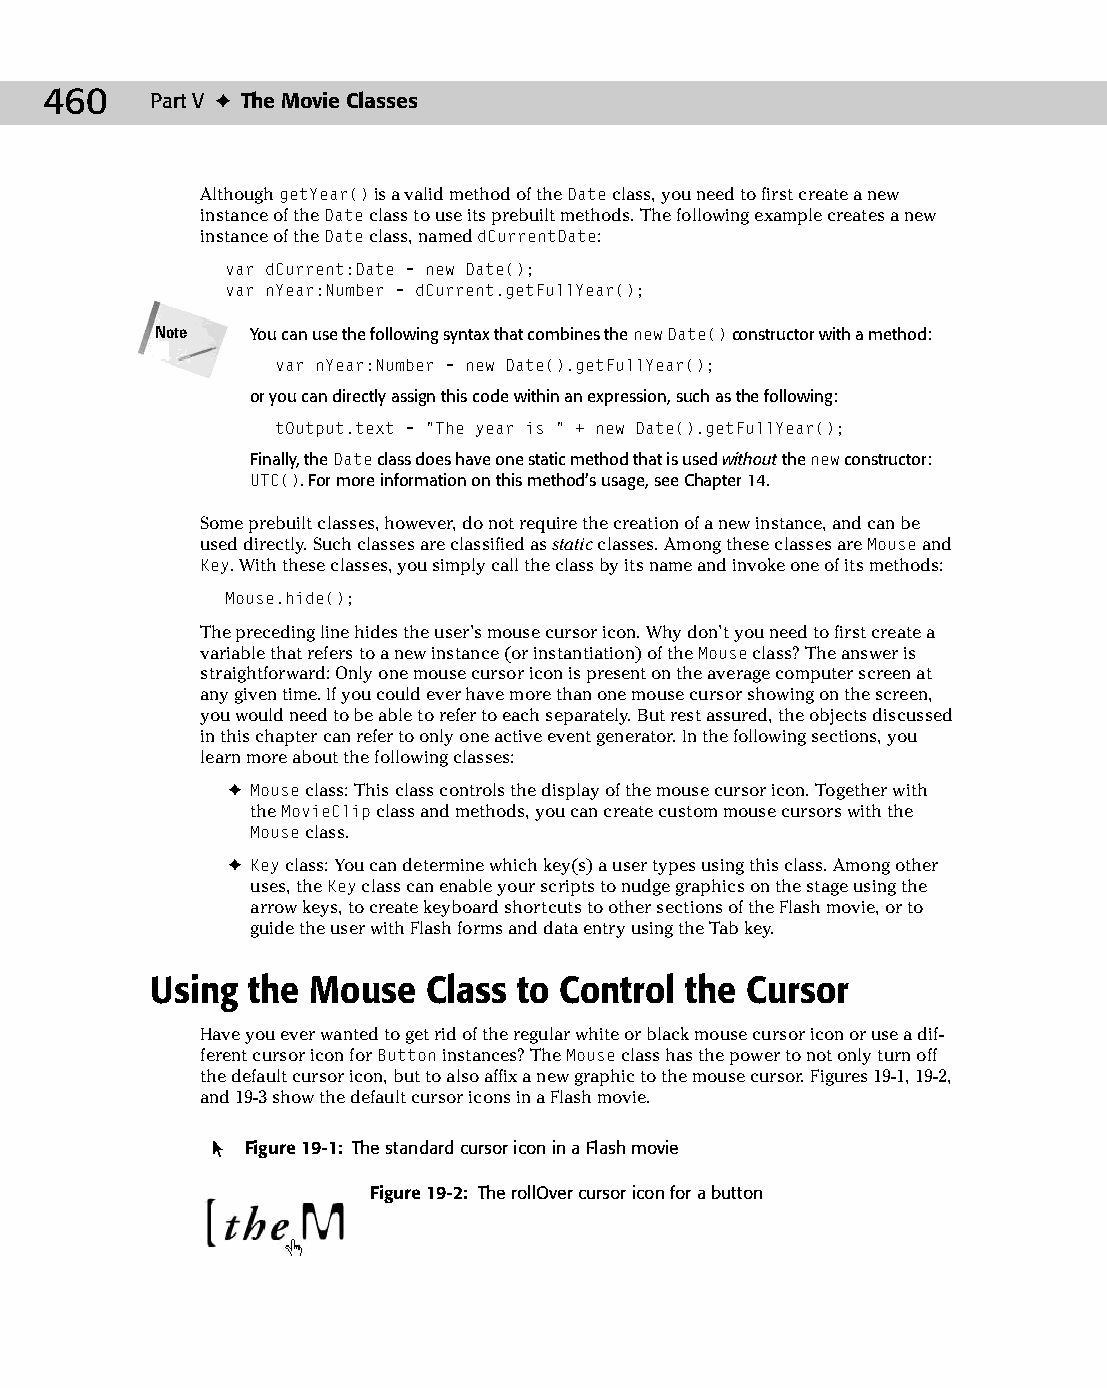
25 543547 ch19.qxd 3/24/04 4:10 PM Page 460
 460    Part V ✦ The Movie Classes
 Although getYear() is a valid method of the Date class, you need to first create a new
 instance of the Date class to use its prebuilt methods. The following example creates a new
 instance of the Date class, named dCurrentDate:
 var dCurrent:Date = new Date();
 var nYear:Number = dCurrent.getFullYear();
 Note   You can use the following syntax that combines the new Date() constructor with a method:
 var nYear:Number = new Date().getFullYear();
 or you can directly assign this code within an expression, such as the following:
 tOutput.text = “The year is “ + new Date().getFullYear();
 Finally, the Date class does have one static method that is used without the new constructor:
 UTC(). For more information on this method’s usage, see Chapter 14.
 Some prebuilt classes, however, do not require the creation of a new instance, and can be
 used directly. Such classes are classified as static classes. Among these classes are Mouse and
 Key. With these classes, you simply call the class by its name and invoke one of its methods:
 Mouse.hide();
 The preceding line hides the user’s mouse cursor icon. Why don’t you need to first create a
 variable that refers to a new instance (or instantiation) of the Mouse class? The answer is
 straightforward: Only one mouse cursor icon is present on the average computer screen at
 any given time. If you could ever have more than one mouse cursor showing on the screen,
 you would need to be able to refer to each separately. But rest assured, the objects discussed
 in this chapter can refer to only one active event generator. In the following sections, you
 learn more about the following classes:
 ✦ Mouse class: This class controls the display of the mouse cursor icon. Together with
 the MovieClip class and methods, you can create custom mouse cursors with the
 Mouse class.
 ✦ Key class: You can determine which key(s) a user types using this class. Among other
 uses, the Key class can enable your scripts to nudge graphics on the stage using the
 arrow keys, to create keyboard shortcuts to other sections of the Flash movie, or to
 guide the user with Flash forms and data entry using the Tab key.
 Using the Mouse   Class to Control the Cursor
 Have you ever wanted to get rid of the regular white or black mouse cursor icon or use a dif­
 ferent cursor icon for Button instances? The Mouse class has the power to not only turn off
 the default cursor icon, but to also affix a new graphic to the mouse cursor. Figures 19-1, 19-2,
 and 19-3 show the default cursor icons in a Flash movie.
 Figure 19-1: The standard cursor icon in a Flash movie
 Figure 19-2: The rollOver cursor icon for a button